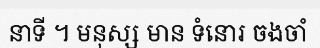
នាទី ។ មនុស្ស មាន ទំនោរ ចងចាំ